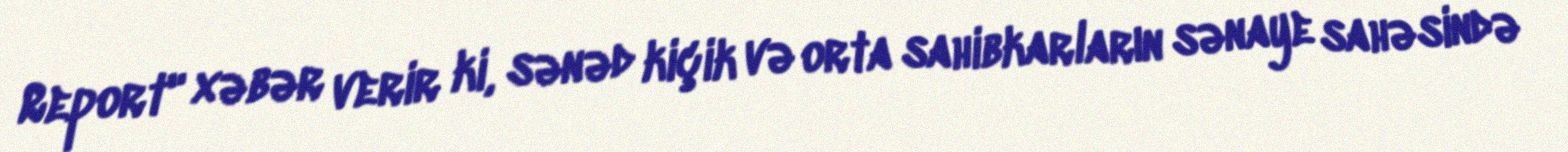
Report" xəbər verir ki, sənəd kiçik və orta sahibkarların sənaye sahəsində